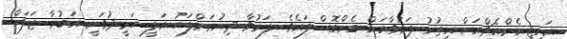
އައިޖީއެމްއެޗްއަށް އިތުރު ފަރުވާއަށް ގެންގޮސްފައެވެ. ފަރުވާ ދިނުމަށްފަހު އަލީ ހަމީދުވަނީ އަބުރާ ޖަލަށް